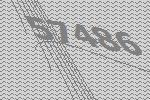
57486